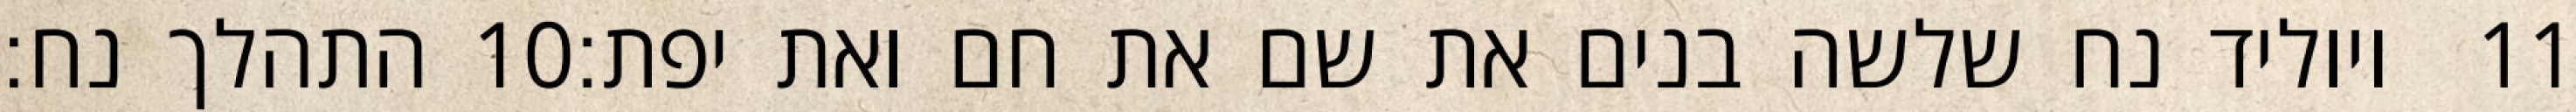
התהלך נח׃ ‎10‏ ויוליד נח שלשה בנים את שם את חם ואת יפת׃ ‎11‏